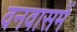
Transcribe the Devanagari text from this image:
वनवासमें